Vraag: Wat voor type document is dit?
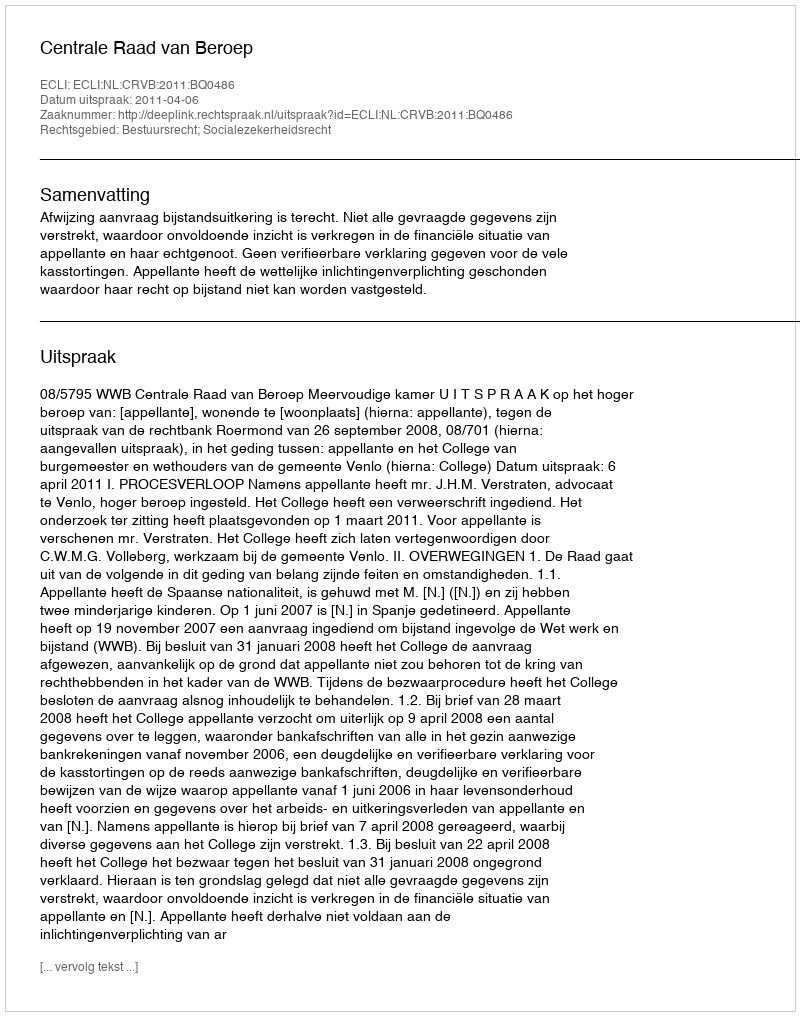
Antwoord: Uitspraak